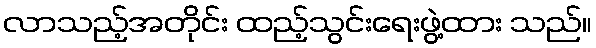
လာသည့်အတိုင်း ထည့်သွင်းရေးဖွဲ့ထား သည်။